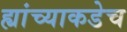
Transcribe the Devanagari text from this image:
ह्यांच्याकडेच